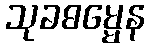
သုခဓမ္မေန